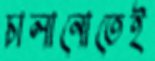
চালানোতেই